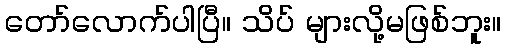
တော်လောက်ပါပြီ။ သိပ် များလို့မဖြစ်ဘူး။